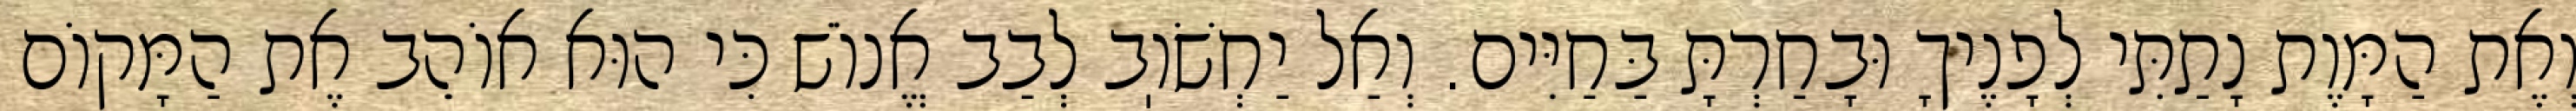
וְאֶת הַמָּוֶת נָתַתִּי לְפָנֶיךָ וּבָחַרְתָּ בַּחַיִּים. וְאַל יַחְשֹׁוֽב לְבַב אֱנוֹשׁ כִּי הוּא אוֹהֵב אֶת הַמָּקוֹם